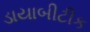
ડાયાબીટીક